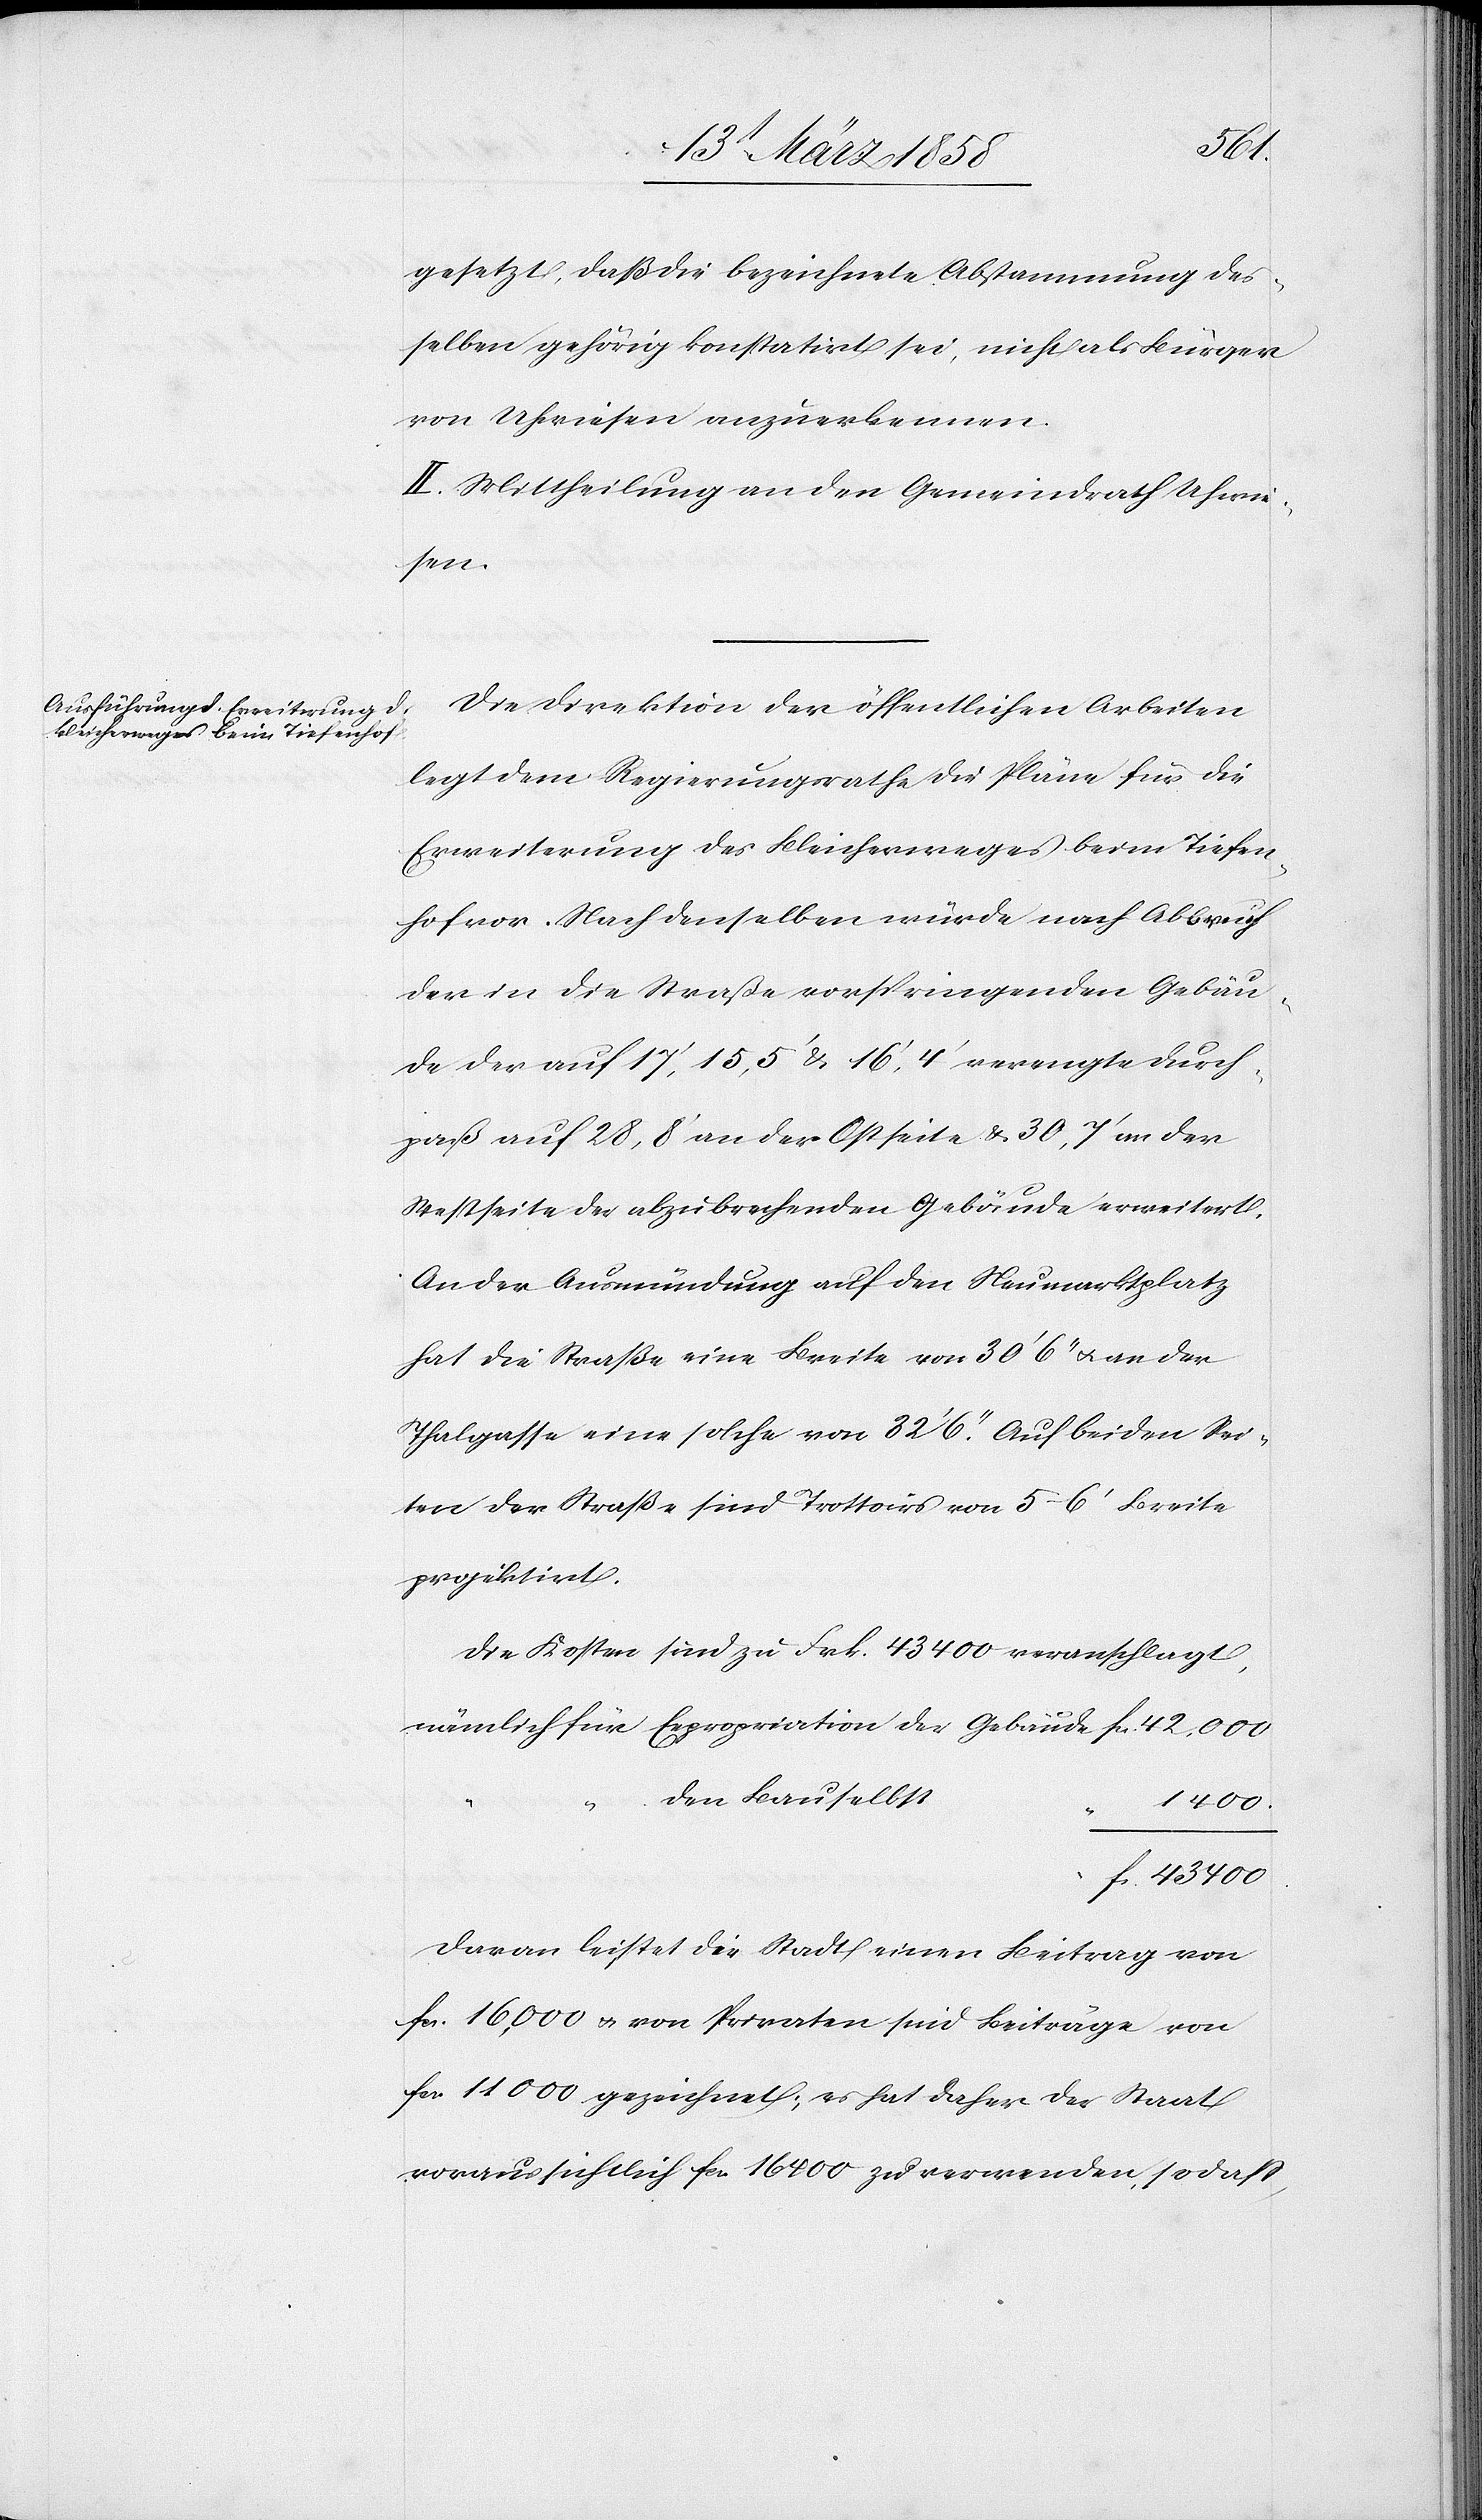
43 400
gesetzt, daß die bezeichnete Abstammung des¬
selben gehörig konstatirt sei, nicht als Bürger
von Uhwiesen anzuerkennen.
fcs.
Die Direktion der öffentlichen Arbeiten
legt dem Regierungsrathe die Pläne für die
Erweiterung des Bleicherweges beim Tiefen¬
hof vor. Nach denselben würde nach Abbruch
der in die Straße vorspringenden Gebäu¬
de der auf 17’, 15,5’ u. 16’, 4’ verengte Durch¬
paß auf 28,8’ an der Ostseite u. 30,7’ an der
Westseite der abzubrechenden Gebäude erweitert.
An der Ausmündung auf den Neumarktplatz
hat die Straße eine Breite von 30’ 6’’ u. an der
Thalgasse eine solche von 32’ 6’’. Auf beiden Sei¬
ten der Straße sind Trottoirs von 5–6’ Breite
projektirt.
Die Kosten sind zu Frk. 43 400 veranschlagt,
den Bau selbst
1400
fcs.
Davon leistet die Stadt einen Beitrag von
fcs. 16,000 u. von Privaten sind Beiträge von
fcs. 11 000 gezeichnet; es hat daher der Staat
voraussichtlich fcs. 16 400 zu verwenden, so daß,